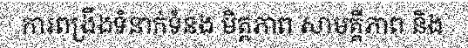
ការពង្រឹងទំនាក់ទំនង មិត្តភាព សាមគ្គីភាព និង